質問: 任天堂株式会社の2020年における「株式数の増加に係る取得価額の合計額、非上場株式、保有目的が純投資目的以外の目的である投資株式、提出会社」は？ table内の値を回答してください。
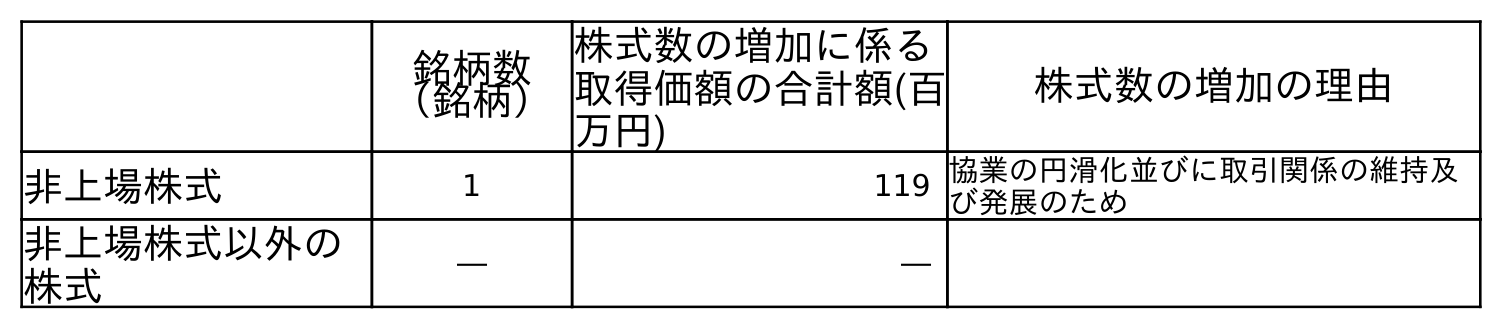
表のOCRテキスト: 銘柄数 （銘柄） 株式数の増加に係る 取得価額の合計額(百 万円) 株式数の増加の理由 非上場株式 1 119 協業の円滑化並びに取引関係の維持及 び発展のため 非上場株式以外の 株式 ― ―
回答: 119